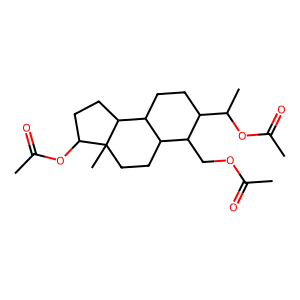
SMILES: CC(=O)OCC1C(C(C)OC(C)=O)CCC2C1CCC1(C)C(OC(C)=O)CCC21
Inhibits HIV replication: Yes